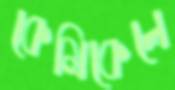
কেমিকেলে